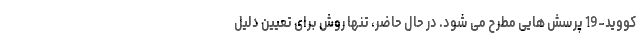
کووید-19 پرسش هایی مطرح می شود. در حال حاضر، تنها روش برای تعیین دلیل